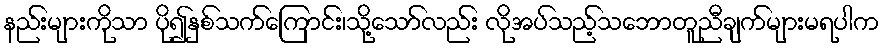
နည်းများကိုသာ ပို၍နှစ်သက်ကြောင်း၊သို့သော်လည်း လိုအပ်သည့်သဘောတူညီချက်များမရပါက